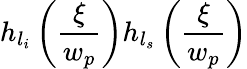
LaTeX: h_{l_{i}}\left(\frac{\xi}{w_{p}}\right)h_{l_{s}}\left(\frac{\xi}{w_{p}}\right)